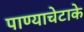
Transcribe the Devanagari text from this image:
पाण्याचेटाके